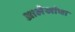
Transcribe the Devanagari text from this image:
आलेखांचा